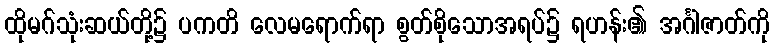
ထိုမဂ်သုံးဆယ်တို့၌ ပကတိ လေမရောက်ရာ စွတ်စိုသောအရပ်၌ ရဟန်း၏ အင်္ဂါဇာတ်ကို